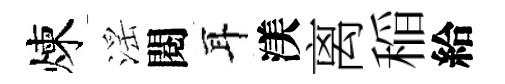
煉滛閱耳渼离稲給